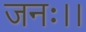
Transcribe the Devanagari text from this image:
जनः।।